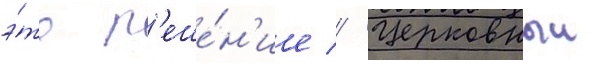
э́то р'еше́н'ие // Церковныи